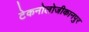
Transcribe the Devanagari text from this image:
टेकनोलोजीकानपुर